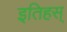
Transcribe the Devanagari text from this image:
इतिहस्